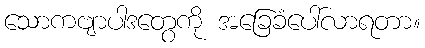
သောကဗျာပါဒတွေကို အခြေခံပေါ်လာရတာ။